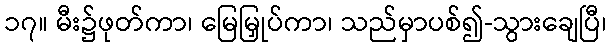
၁၇။ မီး၌ဖုတ်ကာ၊ မြေမြှုပ်ကာ၊ သည်မှာပစ်၍-သွားချေပြီ၊